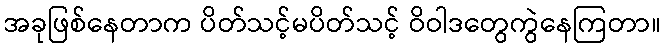
အခုဖြစ်နေတာက ပိတ်သင့်မပိတ်သင့် ဝိဝါဒတွေကွဲနေကြတာ။